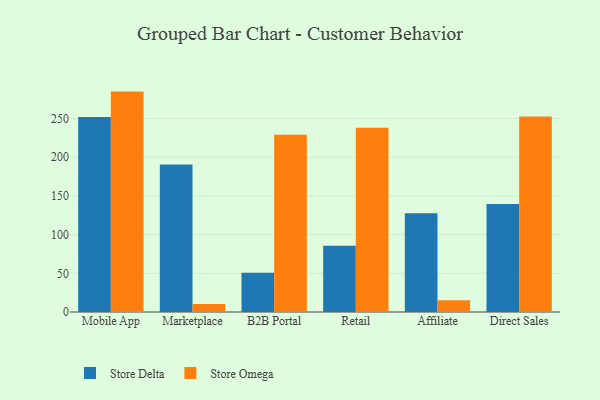
{"axis": {"x": "Channel", "y": "Population (Million)"}, "legend": ["Store Delta", "Store Omega"], "data": [{"x": "Mobile App", "y": 252.0, "type": "Store Delta"}, {"x": "Mobile App", "y": 284.8, "type": "Store Omega"}, {"x": "Marketplace", "y": 190.5, "type": "Store Delta"}, {"x": "Marketplace", "y": 10.2, "type": "Store Omega"}, {"x": "B2B Portal", "y": 50.6, "type": "Store Delta"}, {"x": "B2B Portal", "y": 229.0, "type": "Store Omega"}, {"x": "Retail", "y": 85.6, "type": "Store Delta"}, {"x": "Retail", "y": 238.1, "type": "Store Omega"}, {"x": "Affiliate", "y": 127.6, "type": "Store Delta"}, {"x": "Affiliate", "y": 15.1, "type": "Store Omega"}, {"x": "Direct Sales", "y": 139.5, "type": "Store Delta"}, {"x": "Direct Sales", "y": 252.6, "type": "Store Omega"}]}